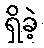
ရှိခဲ့